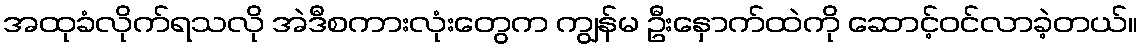
အထုခံလိုက်ရသလို အဲဒီစကားလုံးတွေက ကျွန်မ ဦးနှောက်ထဲကို ဆောင့်ဝင်လာခဲ့တယ်။